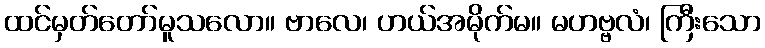
ထင်မှတ်တော်မူသလော။ ဗာလေ၊ ဟယ်အမိုက်မ။ မဟဗ္ဗလံ၊ ကြီးသော